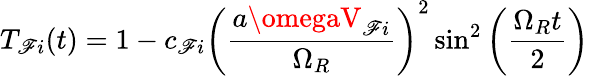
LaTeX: T_{\mathscr{F}i}(t)=1-c_{\mathscr{F}i}\left(\frac{{a\omegaV_{\mathscr{F}i}}}{{\Omega_{R}}}\right)^{2}\sin^{2}\left(\frac{{\Omega_{R}t}}{{2}}\right)